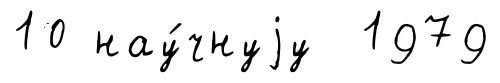
10 нау́чнуjу 1979